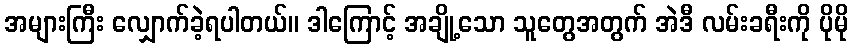
အများကြီး လျှောက်ခဲ့ရပါတယ်။ ဒါကြောင့် အချို့သော သူတွေအတွက် အဲဒီ လမ်းခရီးကို ပိုမို